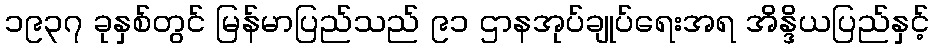
၁၉၃၇ ခုနှစ်တွင် မြန်မာပြည်သည် ၉၁ ဌာနအုပ်ချုပ်ရေးအရ အိန္ဒိယပြည်နှင့်